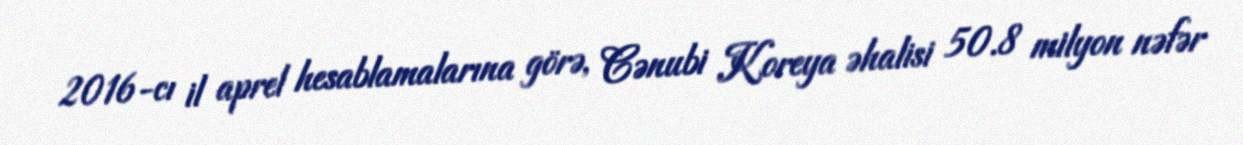
2016-cı il aprel hesablamalarına görə, Cənubi Koreya əhalisi 50.8 milyon nəfər